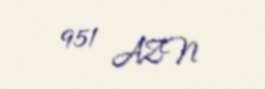
951 AZN